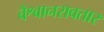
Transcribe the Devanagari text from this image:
वैश्वानरावतार